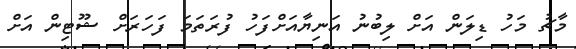
މާޗު މަހު ޑިލަން އަށް ލިބުނު އަނިޔާއަށްފަހު ފުރަތަމަ ފަހަރަށް ޝޫޓިން އަށް